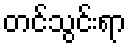
တင်သွင်းရာ